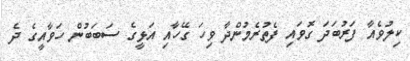
ކިލުވެއާ ފަރުބަދަ ގޮވައި ފެތުރެމުންދާ ވިހަ ގޭހާއި އަޅީގެ ސަބަބުން ހަވާއީގެ ދެ